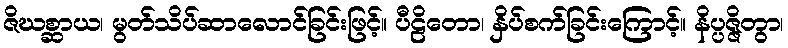
ဇိဃစ္ဆာယ၊ မွတ်သိပ်ဆာလောင်ခြင်းဖြင့်။ ပီဠိတော၊ နှိပ်စက်ခြင်းကြောင့်။ နိပ္ပဇ္ဇိတွာ၊